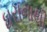
ઘરાનાથી